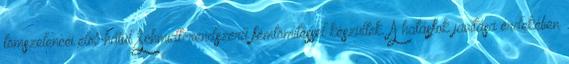
tömszelencéi elöl-hátul Schmidt-rendszerű fémtömítéssel készültek. A hatásfok javítása érdekében